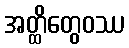
အတ္ထိတွေဝဿ